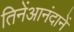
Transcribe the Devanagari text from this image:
तिनेंआनंदानें